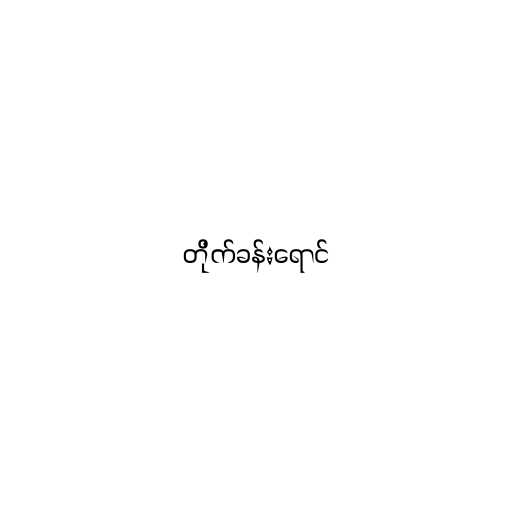
တိုက်ခန်းရောင်